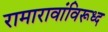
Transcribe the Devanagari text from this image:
रामारावांविरूध्द